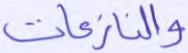
والنازعات